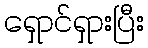
ရှောင်ရှားပြီး